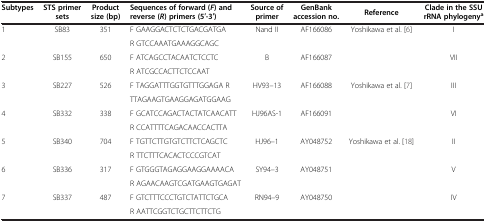
| Subtypes | STS primer sets | Product size (bp) | Sequences of forward ( F ) and reverse ( R ) primers (5′-3′) | Source of primer | GenBank accession no. | Reference | Clade in the SSU rRNA phylogenya |
 | --- | --- | --- | --- | --- | --- | --- | --- |
 | 1 | SB83 | 351 | F GAAGGACTCTCTGACGATGA | Nand II | AF166086 | Yoshikawa et al. [6] | I |
 |  |  |  | R GTCCAAATGAAAGGCAGC |  |  |  |  |
 | 2 | SB155 | 650 | F ATCAGCCTACAATCTCCTC | B | AF166087 |  | VII |
 |  |  |  | R ATCGCCACTTCTCCAAT |  |  |  |  |
 | 3 | SB227 | 526 | F TAGGATTTGGTGTTTGGAGA R | HV93–13 | AF166088 | Yoshikawa et al. [7] | III |
 |  |  |  | TTAGAAGTGAAGGAGATGGAAG |  |  |  |  |
 | 4 | SB332 | 338 | F GCATCCAGACTACTATCAACATT | HJ96AS-1 | AF166091 |  | VI |
 |  |  |  | R CCATTTTCAGACAACCACTTA |  |  |  |  |
 | 5 | SB340 | 704 | F TGTTCTTGTGTCTTCTCAGCTC | HJ96–1 | AY048752 | Yoshikawa et al. [18] | II |
 |  |  |  | R TTCTTTCACACTCCCGTCAT |  |  |  |  |
 | 6 | SB336 | 317 | F GTGGGTAGAGGAAGGAAAACA | SY94–3 | AY048751 |  | V |
 |  |  |  | R AGAACAAGTCGATGAAGTGAGAT |  |  |  |  |
 | 7 | SB337 | 487 | F GTCTTTCCCTGTCTATTCTGCA | RN94–9 | AY048750 |  | IV |
 |  |  |  | R AATTCGGTCTGCTTCTTCTG |  |  |  |  |